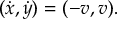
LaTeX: ( \dot { x } , \dot { y } ) = ( - v , v ) .